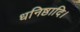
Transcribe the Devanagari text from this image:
धनिष्ठादि।